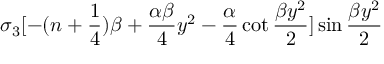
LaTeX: \sigma _ { 3 } [ - ( n + { \frac { 1 } { 4 } } ) \beta + { \frac { \alpha \beta } { 4 } } y ^ { 2 } - { \frac { \alpha } { 4 } } \cot { \frac { \beta y ^ { 2 } } { 2 } } ] \sin { \frac { \beta y ^ { 2 } } { 2 } }